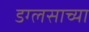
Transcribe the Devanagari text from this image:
डग्लसाच्या